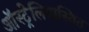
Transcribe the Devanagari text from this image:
ऑस्ट्रेलियास्थित